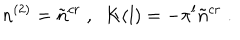
LaTeX: n ^ { ( 2 ) } = \tilde { n } ^ { c r } \; , \; \; K ( l ) = - \pi ^ { l } \tilde { n } ^ { c r } \; .